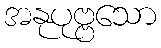
အနုပုဗ္ဗသော